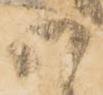
候